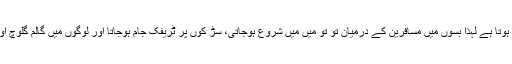
چونکہ فریقِ ثانی بھی کچھ ایسی ہی کیفیات کا شکار ہوتا ہے لہٰذا بسوں میں مسافرین کے درمیان تو تو میں میں شروع ہوجاتی، سڑ کوں پر ٹریفک جام ہوجاتا اور لوگوں میں گالم گلوچ اور بعض اوقات ہا تھا پائی کی نوبت بھی آ جاتی ہے ۔